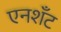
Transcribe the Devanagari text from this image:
एनशॅंट